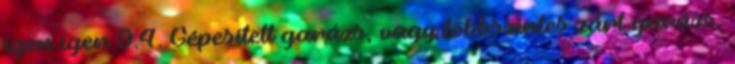
igen igen 9.4. Gépesített garázs, vagy többszintes zárt garázs,